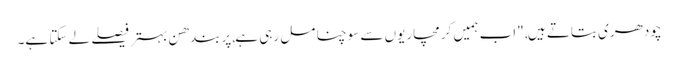
چودھری بتاتے ہیں, "اب ہمیں کرمچاریوں سے سوچنا مل رہی ہے,پربندھن بہتر فیصلے لے سکتا ہے۔